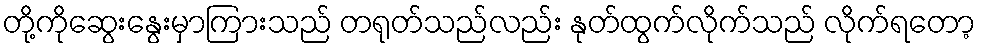
တို့ကိုဆွေးနွေးမှာကြားသည် တရုတ်သည်လည်း နုတ်ထွက်လိုက်သည် လိုက်ရတော့